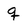
Character: g